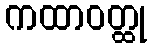
ကထာဝတ္ထု